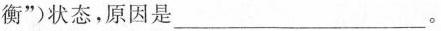
衡”)状态，原因是\underline。